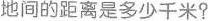
地间的距离是多少千米?